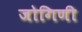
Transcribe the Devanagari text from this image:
जोगिणी